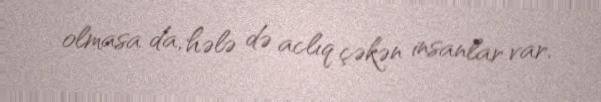
olmasa da, hələ də aclıq çəkən insanlar var.